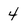
Character: 4